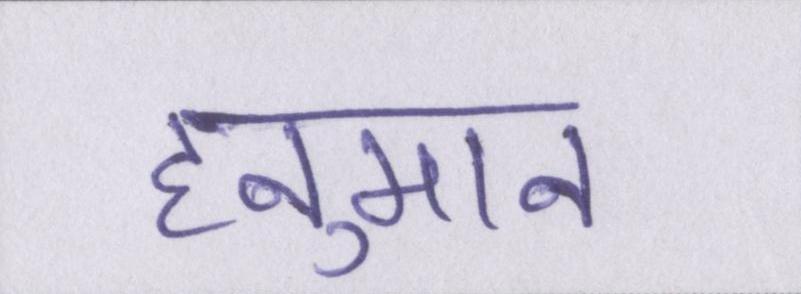
हनुमान